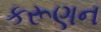
કરૂણન